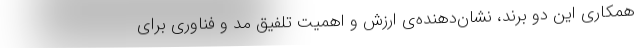
همکاری این دو برند، نشان‌دهنده‌ی ارزش و اهمیت تلفیق مد و فناوری برای